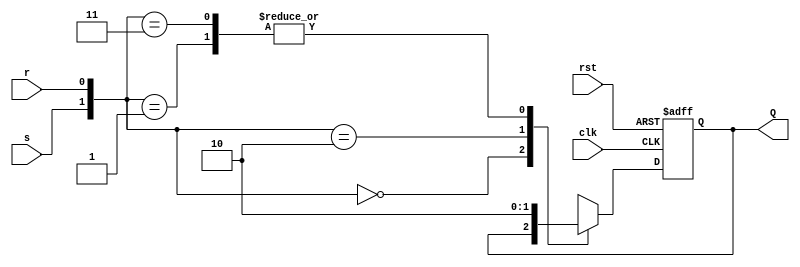
module SR_ff (
    input wire s,
    input wire r,
    input wire clk,
    input wire rst,
    output reg Q
);

always @(posedge clk or posedge rst) begin
    if (rst) begin
        Q <= 1'b0;
    end else begin
        case ({s, r})
            2'b00 : Q <= Q;   
            2'b01 : Q <= 1'b0; 
            2'b10 : Q <= 1'b1; 
            2'b11 : Q <= 1'b0; 
        endcase
    end
end

endmodule